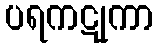
ပရကဋုကာ